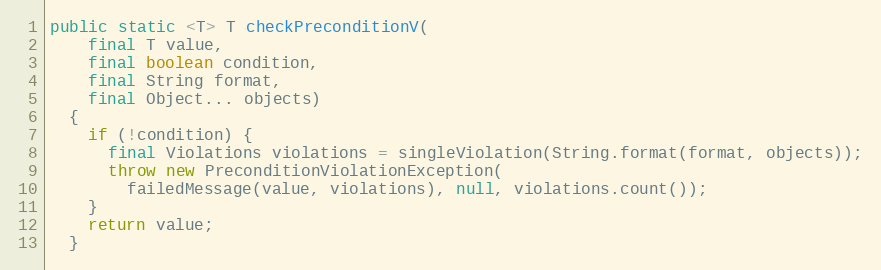
Language: Java
public static <T> T checkPreconditionV(
    final T value,
    final boolean condition,
    final String format,
    final Object... objects)
  {
    if (!condition) {
      final Violations violations = singleViolation(String.format(format, objects));
      throw new PreconditionViolationException(
        failedMessage(value, violations), null, violations.count());
    }
    return value;
  }